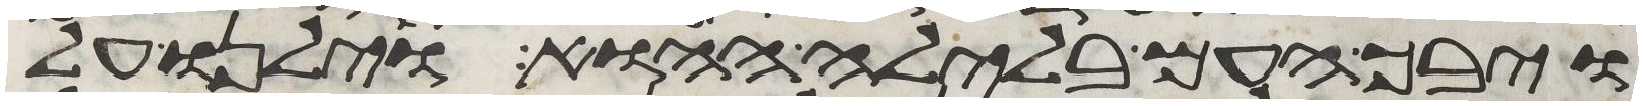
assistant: ויבך העם בלילה ההוא וילנו על